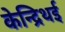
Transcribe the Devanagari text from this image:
केन्द्रिथई